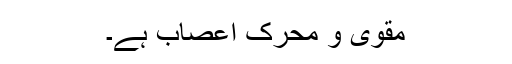
مقوی و محرک اعصاب ہے۔